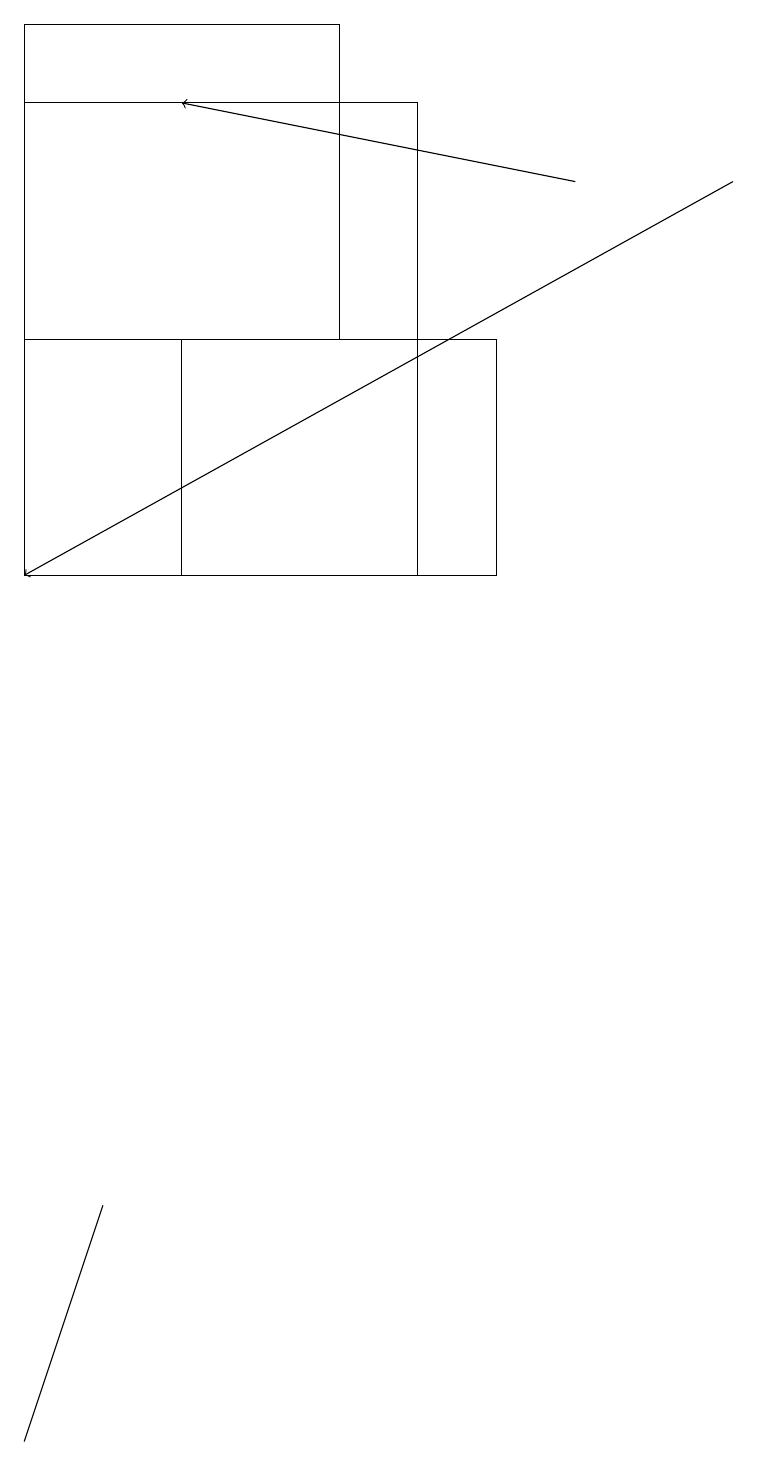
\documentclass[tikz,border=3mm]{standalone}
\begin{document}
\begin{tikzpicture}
\draw (5,18) rectangle (0,12);
\draw[->] (7,17) -- (2,18);
\draw[->] (9,17) -- (0,12);
\draw (4,15) rectangle (0,19);
\draw (2,15) rectangle (6,12);
\draw (0,1) -- (1,4) -- (0,1) -- cycle;
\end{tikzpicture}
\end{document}